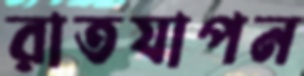
রাতযাপন